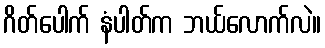
ဂိတ်ပေါက် နံပါတ်က ဘယ်လောက်လဲ။